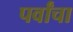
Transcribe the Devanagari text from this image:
पर्वांचा